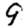
Digit: 9